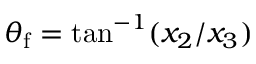
\theta _ { \mathrm { f } } = \tan ^ { - 1 } ( x _ { 2 } / x _ { 3 } )